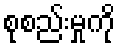
စုစည်းမှုကို